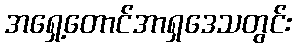
အရှေ့တောင်အာရှဒေသတွင်း